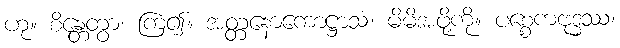
ဟု။ စိန္တေတွာ၊ ကြံ၍။ အတ္တနောကောဋ္ဌာသံ၊ မိမိအဖို့ကို။ ပစ္စေကဗုဒ္ဓဿ၊